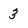
Character: 3